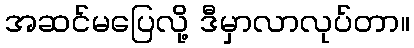
အဆင်မပြေလို့ ဒီမှာလာလုပ်တာ။